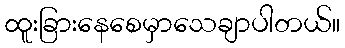
ထူးခြားနေစေမှာသေချာပါတယ်။